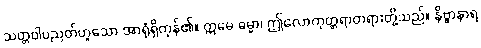
သတ္တဝါပညတ်ဟူသော အာရုံရှိကုန်၏။ ဣမေ ဓမ္မာ၊ ဤလောကုတ္တရာတရားတို့သည်။ နိဗ္ဗာနာရ